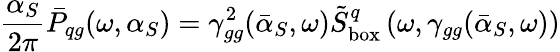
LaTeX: {\frac{\alpha_{S}}{2\pi}}\bar{P}_{qg}(\omega,\alpha_{S})=\gamma_{gg}^{2}(\bar{\alpha}_{S},\omega)\tilde{S}_{\mathrm{box}}^{q}\left(\omega,\gamma_{gg}(\bar{\alpha}_{S},\omega)\right)